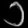
Digit: ၁